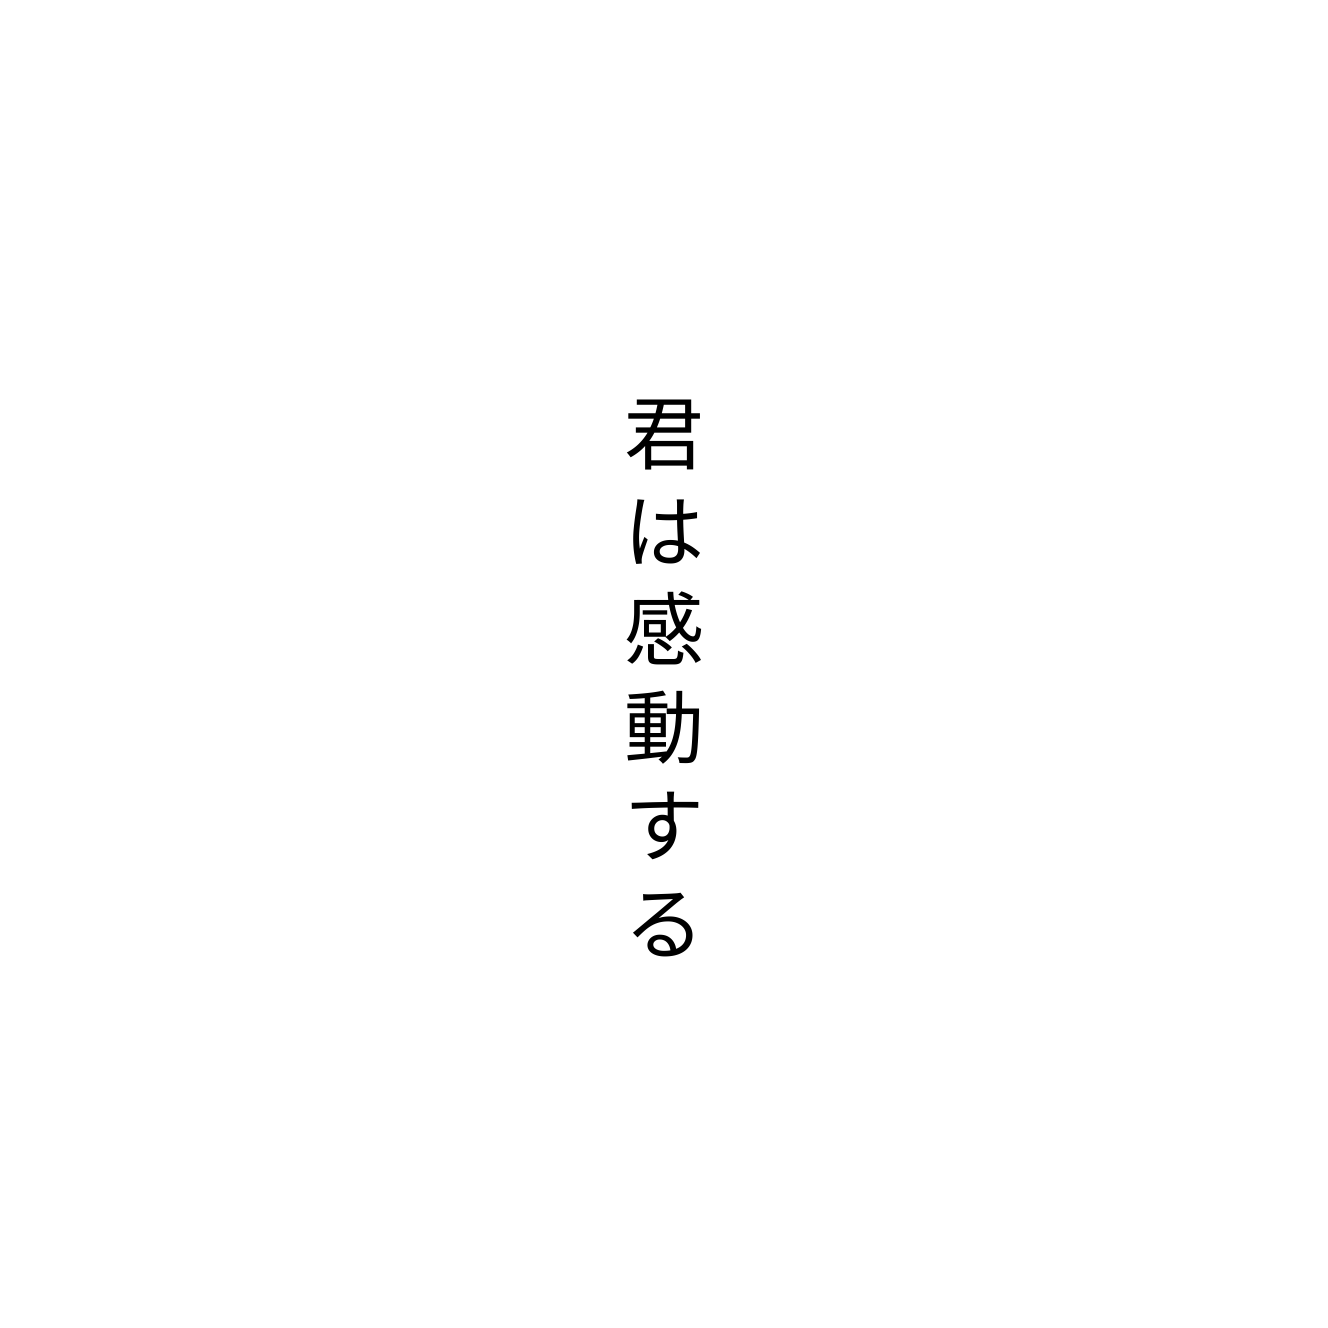
君は感動する